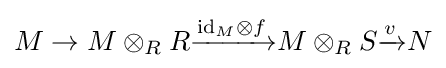
M\to M\otimes _{R}R{\xrightarrow {{\text{id}}_{M}\otimes f}}M\otimes _{R}S{\xrightarrow {v}}N